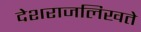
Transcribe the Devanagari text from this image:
देशराजलिखते